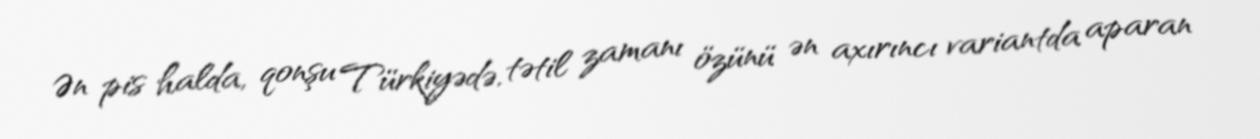
Ən pis halda, qonşu Türkiyədə, tətil zamanı özünü ən axırıncı variantda aparan